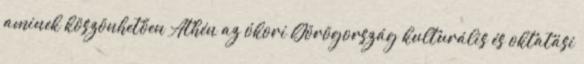
aminek köszönhetően Athén az ókori Görögország kulturális és oktatási